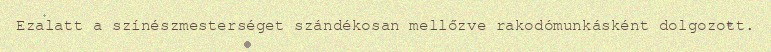
Ezalatt a színészmesterséget szándékosan mellőzve rakodómunkásként dolgozott.